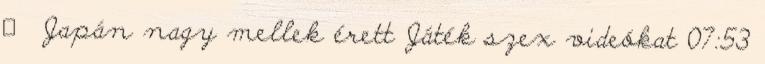
▪ Japán nagy mellek érett Játék szex videókat 07:53